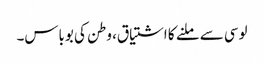
لوسی سے ملنے کا اشتیاق، وطن کی بوباس۔